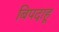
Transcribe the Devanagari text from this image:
बिपदाहू